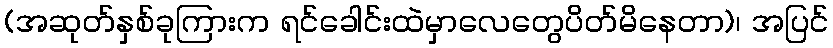
(အဆုတ်နှစ်ခုကြားက ရင်ခေါင်းထဲမှာလေတွေပိတ်မိနေတာ)၊ အပြင်